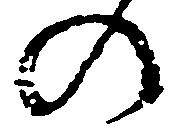
の